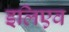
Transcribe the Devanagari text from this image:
इलिएव